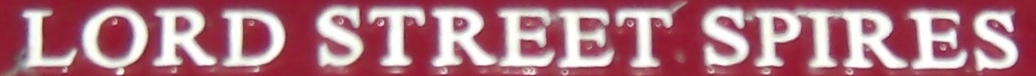
LORD STREET SPIRES